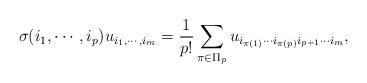
LaTeX: \begin{align*}\sigma(i_{1},\cdots,i_{p}) u_{i_{1},\cdots,i_{m}} = \frac{1}{p!} \sum_{\pi \in \Pi_{p}} u_{i_{\pi(1)}\cdots i_{\pi(p)} i_{p+1} \cdots i_{m}},\end{align*}